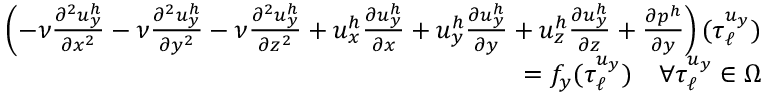
\begin{array} { r } { \left( - \nu \frac { \partial ^ { 2 } u _ { y } ^ { h } } { \partial x ^ { 2 } } - \nu \frac { \partial ^ { 2 } u _ { y } ^ { h } } { \partial y ^ { 2 } } - \nu \frac { \partial ^ { 2 } u _ { y } ^ { h } } { \partial z ^ { 2 } } + u _ { x } ^ { h } \frac { \partial u _ { y } ^ { h } } { \partial x } + u _ { y } ^ { h } \frac { \partial u _ { y } ^ { h } } { \partial y } + u _ { z } ^ { h } \frac { \partial u _ { y } ^ { h } } { \partial z } + \frac { \partial p ^ { h } } { \partial y } \right) ( \boldsymbol { \tau } _ { \ell } ^ { u _ { y } } ) } \\ { = f _ { y } ( \boldsymbol { \tau } _ { \ell } ^ { u _ { y } } ) \quad \forall \boldsymbol { \tau } _ { \ell } ^ { u _ { y } } \in \Omega } \end{array}